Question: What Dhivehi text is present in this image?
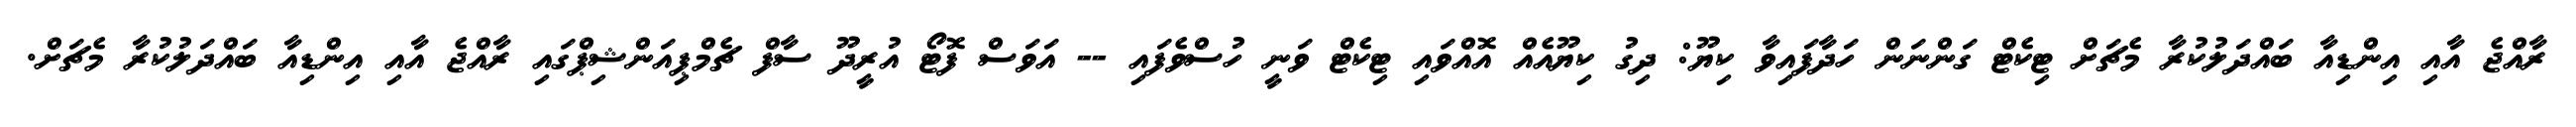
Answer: ރާއްޖެ އާއި އިންޑިއާ ބައްދަލުކުރާ މެޗަށް ޓިކެޓް ގަންނަން ހަދާފައިވާ ކިޔޫ: ދިގު ކިޔޫއެއް އޮއްވައި ޓިކެޓް ވަނީ ހުސްވެފައި -- އަވަސް ފޮޓޯ އުރީދޫ ސާފް ޗެމްޕިއަންޝިޕްގައި ރާއްޖެ އާއި އިންޑިއާ ބައްދަލުކުރާ މެޗަށް.